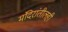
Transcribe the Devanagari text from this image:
मंदिरांतीलही